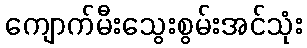
ကျောက်မီးသွေးစွမ်းအင်သုံး